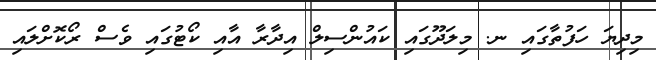
މިދިޔަ ހަފުތާގައި ނ. މިލަދޫގައި ކައުންސިލް އިދާރާ އާއި ކޯޓުގައި ވެސް ރޯކޮށްލައި